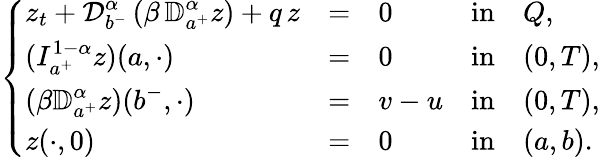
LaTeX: \left\{ \begin{array}{llllllllllll}{\displaystyle z_{t}+\displaystyle{\mathcal D}_{b^{-}}^{\alpha}\, (\beta\, {\mathbb D}_{a^{+}}^{\alpha}z)+q\, z}&{=}&{0}&{\mathrm{in}}&{Q,}\\ {\displaystyle(I_{a^{+}}^{1-\alpha}z)(a,\cdot)}&{=}&{0}&{\mathrm{in}}&{(0,T),}\\ {\displaystyle(\beta{\mathbb D}_{a^{+}}^{\alpha}z)(b^{-},\cdot)}&{=}&{v-u}&{\mathrm{in}}&{(0,T),}\\ {\displaystyle z(\cdot,0)}&{=}&{0}&{\mathrm{in}}&{(a,b).}\end{array}\right.